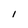
Character: I